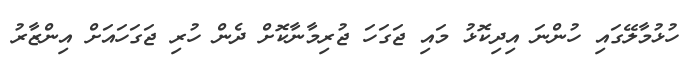
ހުޅުމާލޭގައި ހުންނަ އިދިކޮޅު މައި ޖަގަހަ ޖުރިމާނާކޮށް ދެން ހުރި ޖަގަހައަށް އިންޒާރު